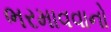
ભરમાવવાનો